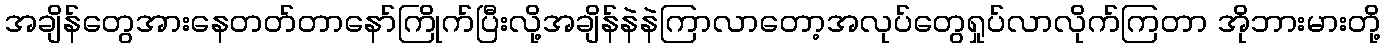
အချိန်တွေအားနေတတ်တာနော်ကြိုက်ပြီးလို့အချိန်နဲနဲကြာလာတော့အလုပ်တွေရှုပ်လာလိုက်ကြတာ အိုဘားမားတို့